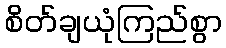
စိတ်ချယုံကြည်စွာ